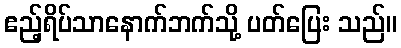
ဧည့်ရိပ်သာနောက်ဘက်သို့ ပတ်ပြေး သည်။